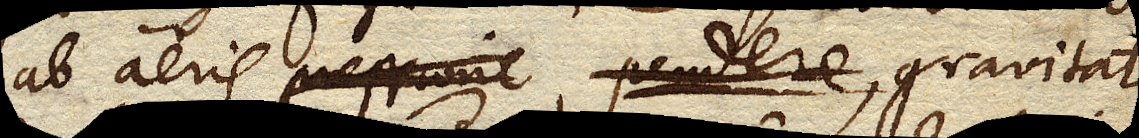
ab aeris pressione pendere gravitate,